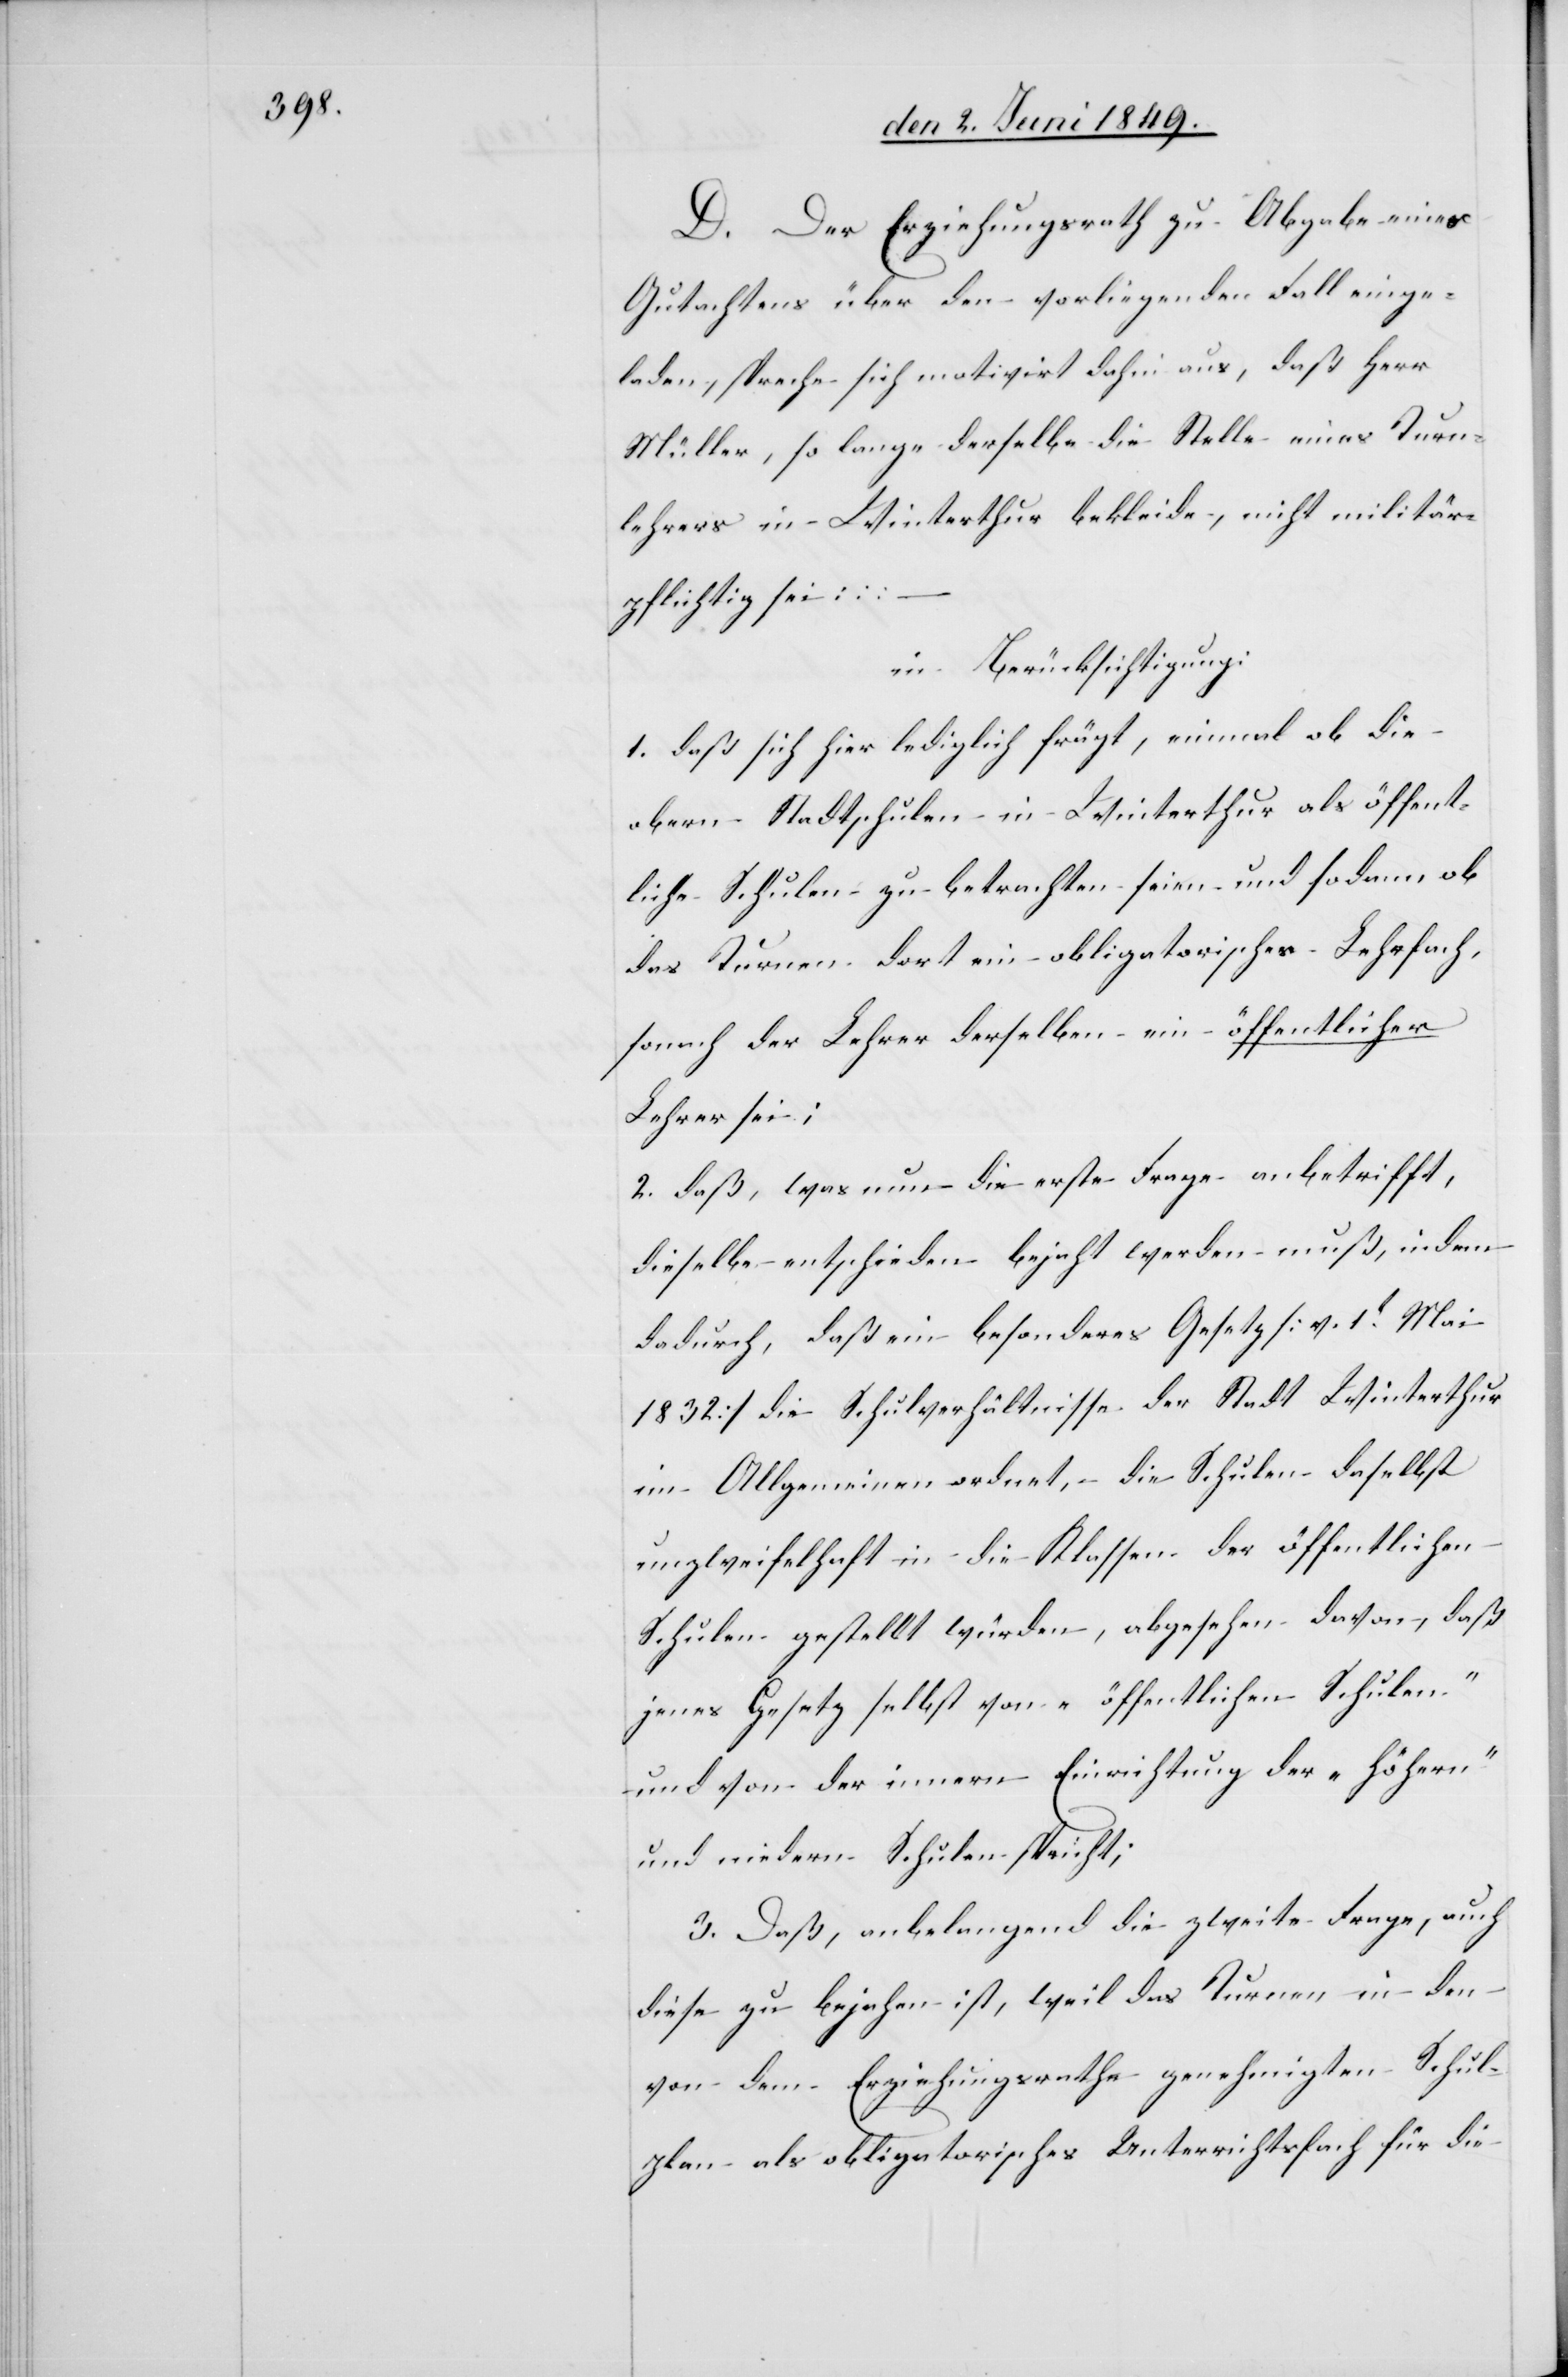
D. Der Erziehungsrath zu Abgabe eines
Gutachtens über den vorliegenden Fall einge¬
laden, spreche sich motivirt dahin aus, daß Herr
Müller, so lange derselbe die Stelle eines Turn¬
lehrers in Winterthur bekleide, nicht militär¬
pflichtig sei:
in Berücksichtigung:
1. daß sich hier lediglich frägt, einmal ob die
obern Stadtschulen in Winterthur als öffent¬
liche Schulen zu betrachten seien und sodann ob
das Turnen dort ein obligatorisches Lehrfach,
sonach der Lehrer derselben ein öffentlicher
Lehrer sei;
2. daß, was nun die erste Frage anbetrifft,
dieselbe entschieden bejaht werden muß, indem
dadurch, daß ein besonderes Gesetz [v. 1t Mai
1832] die Schulverhältnisse der Stadt Winterthur
im Allgemeinen ordnet, die Schulen daselbst
unzweifelhaft in die Klassen der öffentlichen
Schulen gestellt würden, abgesehen davon, daß
jenes Gesetz selbst von „öffentlichen Schulen“
und von der innern Einrichtung der „höhern“
und niedern Schulen spricht;
3. Daß, anbelangend die zweite Frage, auch
diese zu bejahen ist, weil das Turnen in den
von dem Erziehungsrathe genehmigten Schul¬
plan als obligatorisches Unterrichtsfach für die